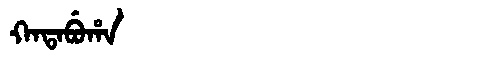
Manchu: ᡴᠠᡨᠠᠪᡠᡥᠠ
Romanization: KATABUHA